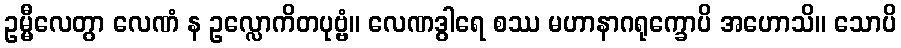
ဥမ္မီလေတွာ လေဏံ န ဥလ္လောကိတပုဗ္ဗံ။ လေဏဒွါရေ စဿ မဟာနာဂရုက္ခောပိ အဟောသိ။ သောပိ